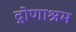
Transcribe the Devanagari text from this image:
द्रोणाश्रम